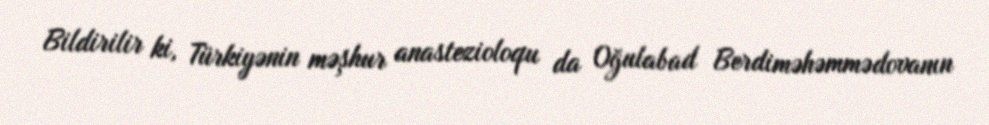
Bildirilir ki, Türkiyənin məşhur anastezioloqu da Oğulabad Berdiməhəmmədovanın